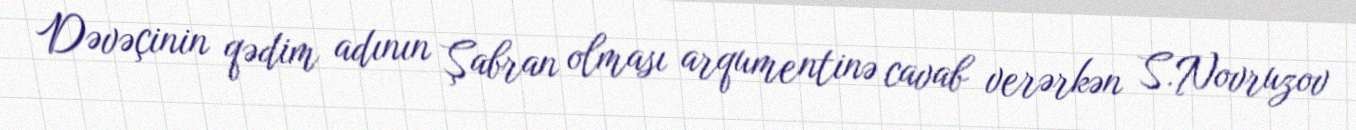
Dəvəçinin qədim adının Şabran olması arqumentinə cavab verərkən S.Novruzov